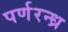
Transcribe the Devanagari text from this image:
पर्णरन्ध्र